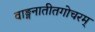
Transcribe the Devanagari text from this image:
वाङ्मनातीतगोचरम्